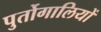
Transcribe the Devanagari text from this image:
पुर्तोगालियों